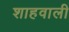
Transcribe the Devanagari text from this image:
शाहवाली